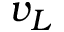
v _ { L }